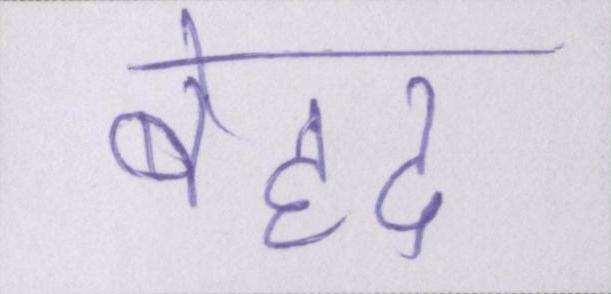
बेहद